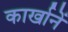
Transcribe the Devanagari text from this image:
कार्खानें